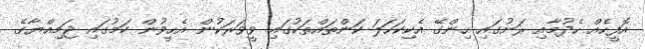
އޮފީހެއް ހެދުމާއި ރަށުގައި ހިންގޭ އެކިކަހަލަ ކަންތައްތަކުގައި ވީވަރަކުން އެހީވުން ކަމުގައި ޖަމިއްޔާގެ